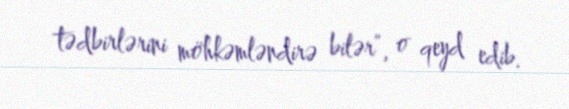
tədbirlərini möhkəmləndirə bilər”, o qeyd edib.